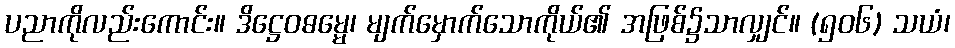
ပညာကိုလည်းကောင်း။ ဒိဋ္ဌေဝဓမ္မေ၊ မျက်မှောက်သောကိုယ်၏ အဖြစ်၌သာလျှင်။ (၅၀၆) သယံ၊